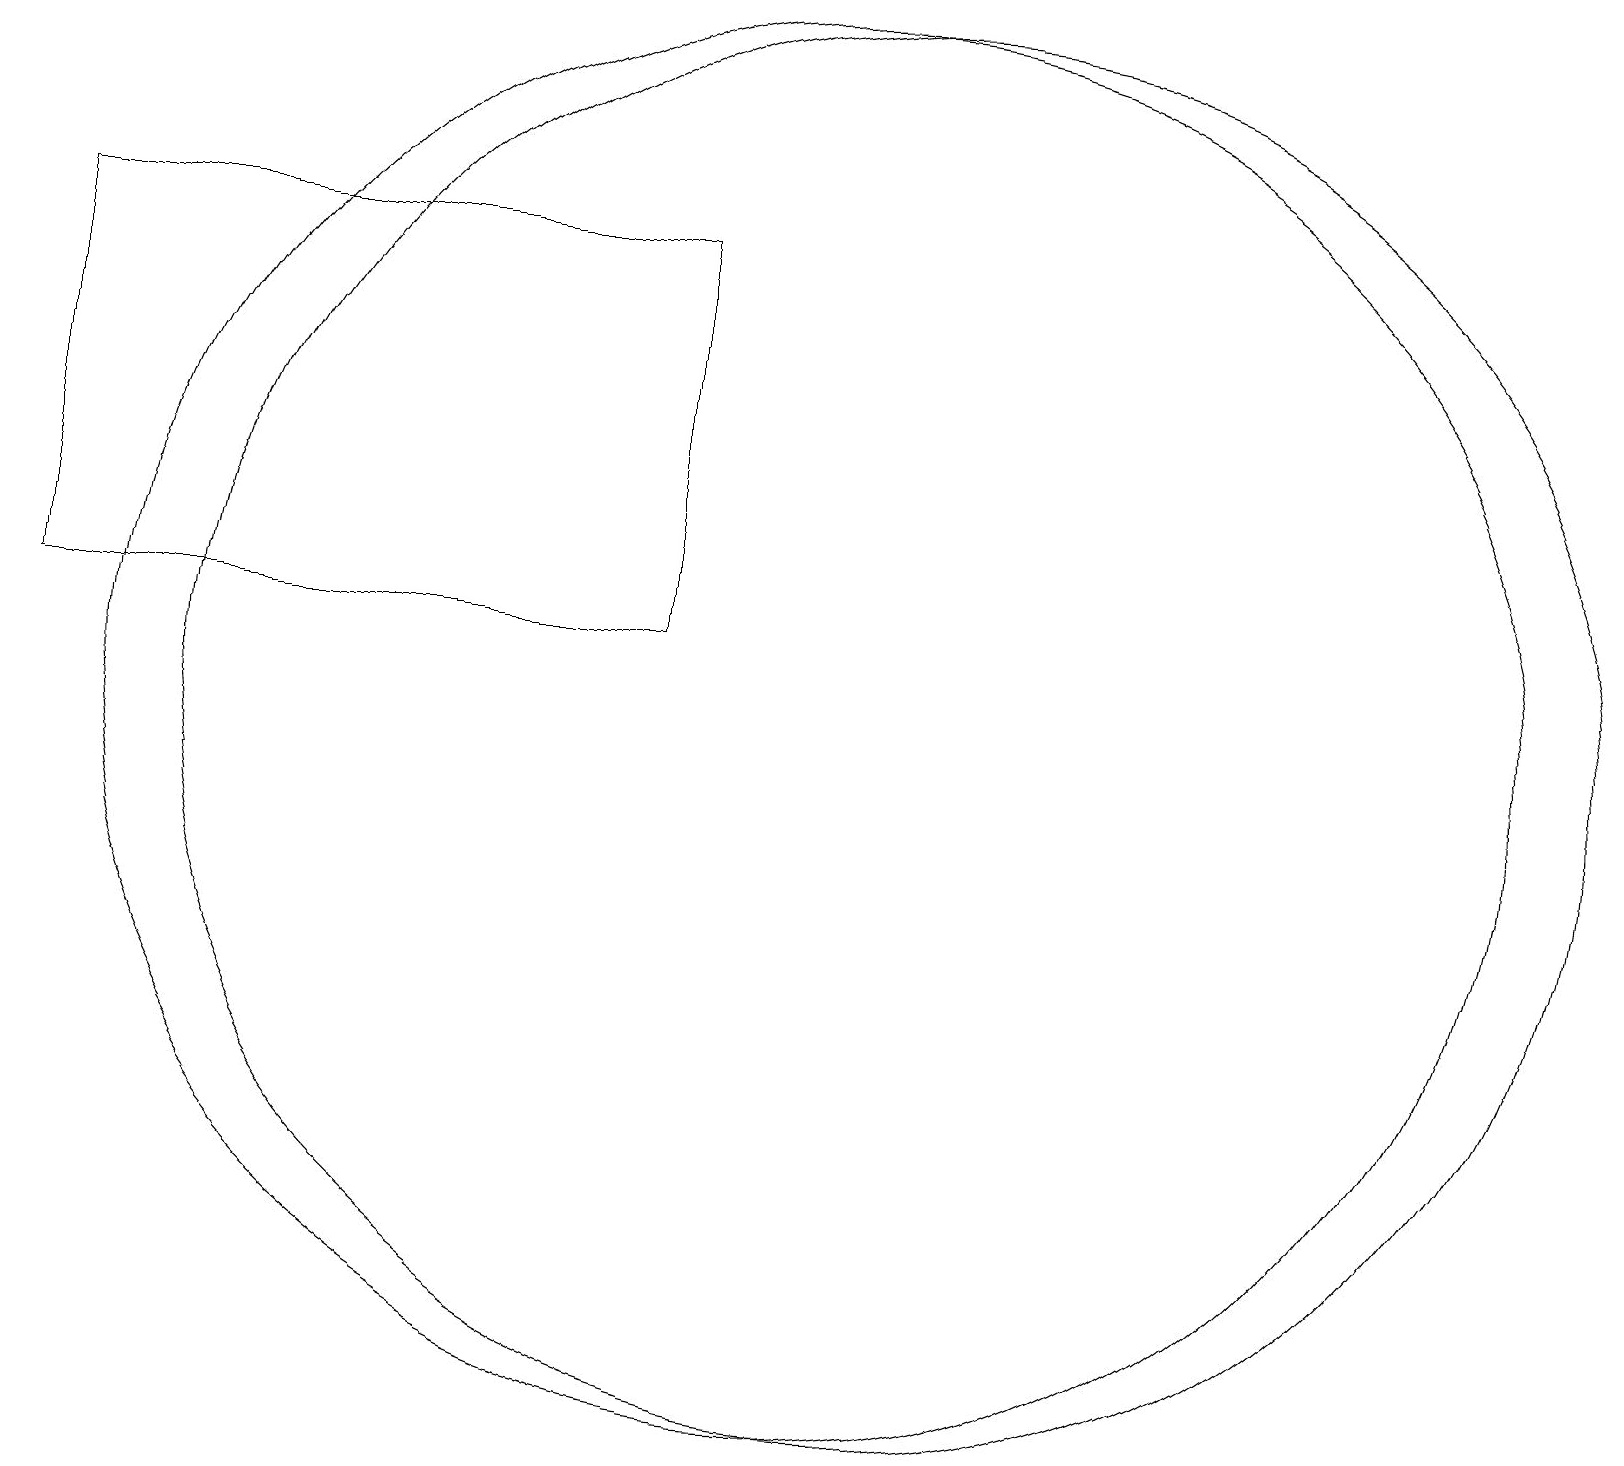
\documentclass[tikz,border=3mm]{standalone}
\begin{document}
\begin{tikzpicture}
\draw (10,11) circle (9);
\draw (11,11) circle (9);
\draw (8,17) rectangle (0,12);
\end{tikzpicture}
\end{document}